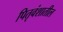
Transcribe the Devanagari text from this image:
पितृवंशातील